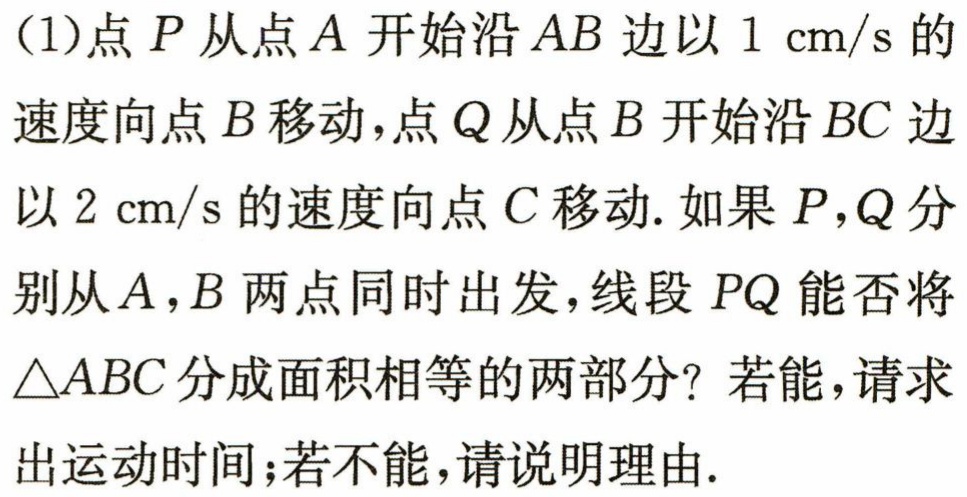
(1)点\(P\)从点\(A\)开始沿\(AB\)边以\(1\mathrm{cm/s}\)的速度向点\(B\)移动，点\(Q\)从点\(B\)开始沿\(BC\)边以\(2\mathrm{cm/s}\)的速度向点\(C\)移动.如果\(P,Q\)分别从\(A,B\)两点同时出发，线段\(PQ\)能否将\(\triangle ABC\)分成面积相等的两部分？若能，请求出运动时间；若不能，请说明理由.